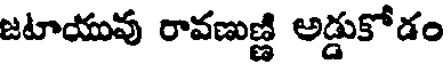
జటాయువు రావణుణ్ణి అడ్డుకోడం